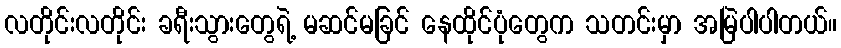
လတိုင်းလတိုင်း ခရီးသွားတွေရဲ့ မဆင်မခြင် နေထိုင်ပုံတွေက သတင်းမှာ အမြဲပါပါတယ်။